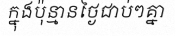
ក្នុងប៉ុន្មានថ្ងៃជាប់ៗគ្នា